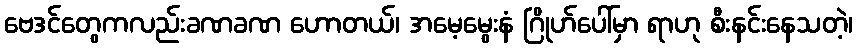
ဗေဒင်တွေကလည်းခဏခဏ ဟောတယ်၊ အမေ့မွေးနံ ဂြိုဟ်ပေါ်မှာ ရာဟု စီးနင်းနေသတဲ့၊